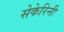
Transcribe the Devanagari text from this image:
सेकेरिनी